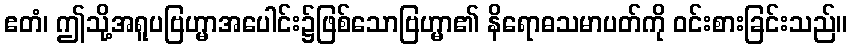
ဧတံ၊ ဤသို့အရူပဗြဟ္မာအပေါင်း၌ဖြစ်သောဗြဟ္မာ၏ နိရောဓသမာပတ်ကို ဝင်းစားခြင်းသည်။